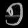
Digit: ၅